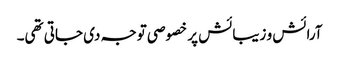
آرائش و زیبائش پر خصوصی توجہ دی جاتی تھی۔